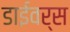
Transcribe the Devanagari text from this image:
डाईवर्स